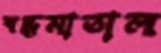
বদ্ধমাতাল